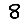
Digit: 8